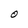
Character: O